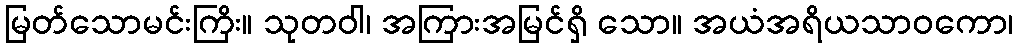
မြတ်သောမင်းကြိး။ သုတဝါ၊ အကြားအမြင်ရှိ သော။ အယံအရိယသာဝကော၊